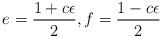
LaTeX: \begin{align*}e = \frac{1+c\epsilon}{2} ,f = \frac{1-c\epsilon}{2}\end{align*}